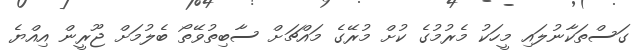
ގަސްތަކާނުލައި މީހަކު މެރުމުގެ ކުށް މުރޭގެ މައްޗަށް ސާބިތުވޭތޯ ބެލުމަށް ޖޫރީން އިއްޔެ